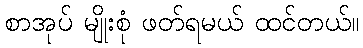
စာအုပ် မျိုးစုံ ဖတ်ရမယ် ထင်တယ်။